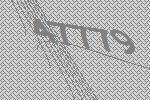
47779